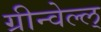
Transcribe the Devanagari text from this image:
ग्रीन्वेल्ल्